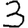
Digit: 3